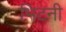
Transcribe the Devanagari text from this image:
भिटनी